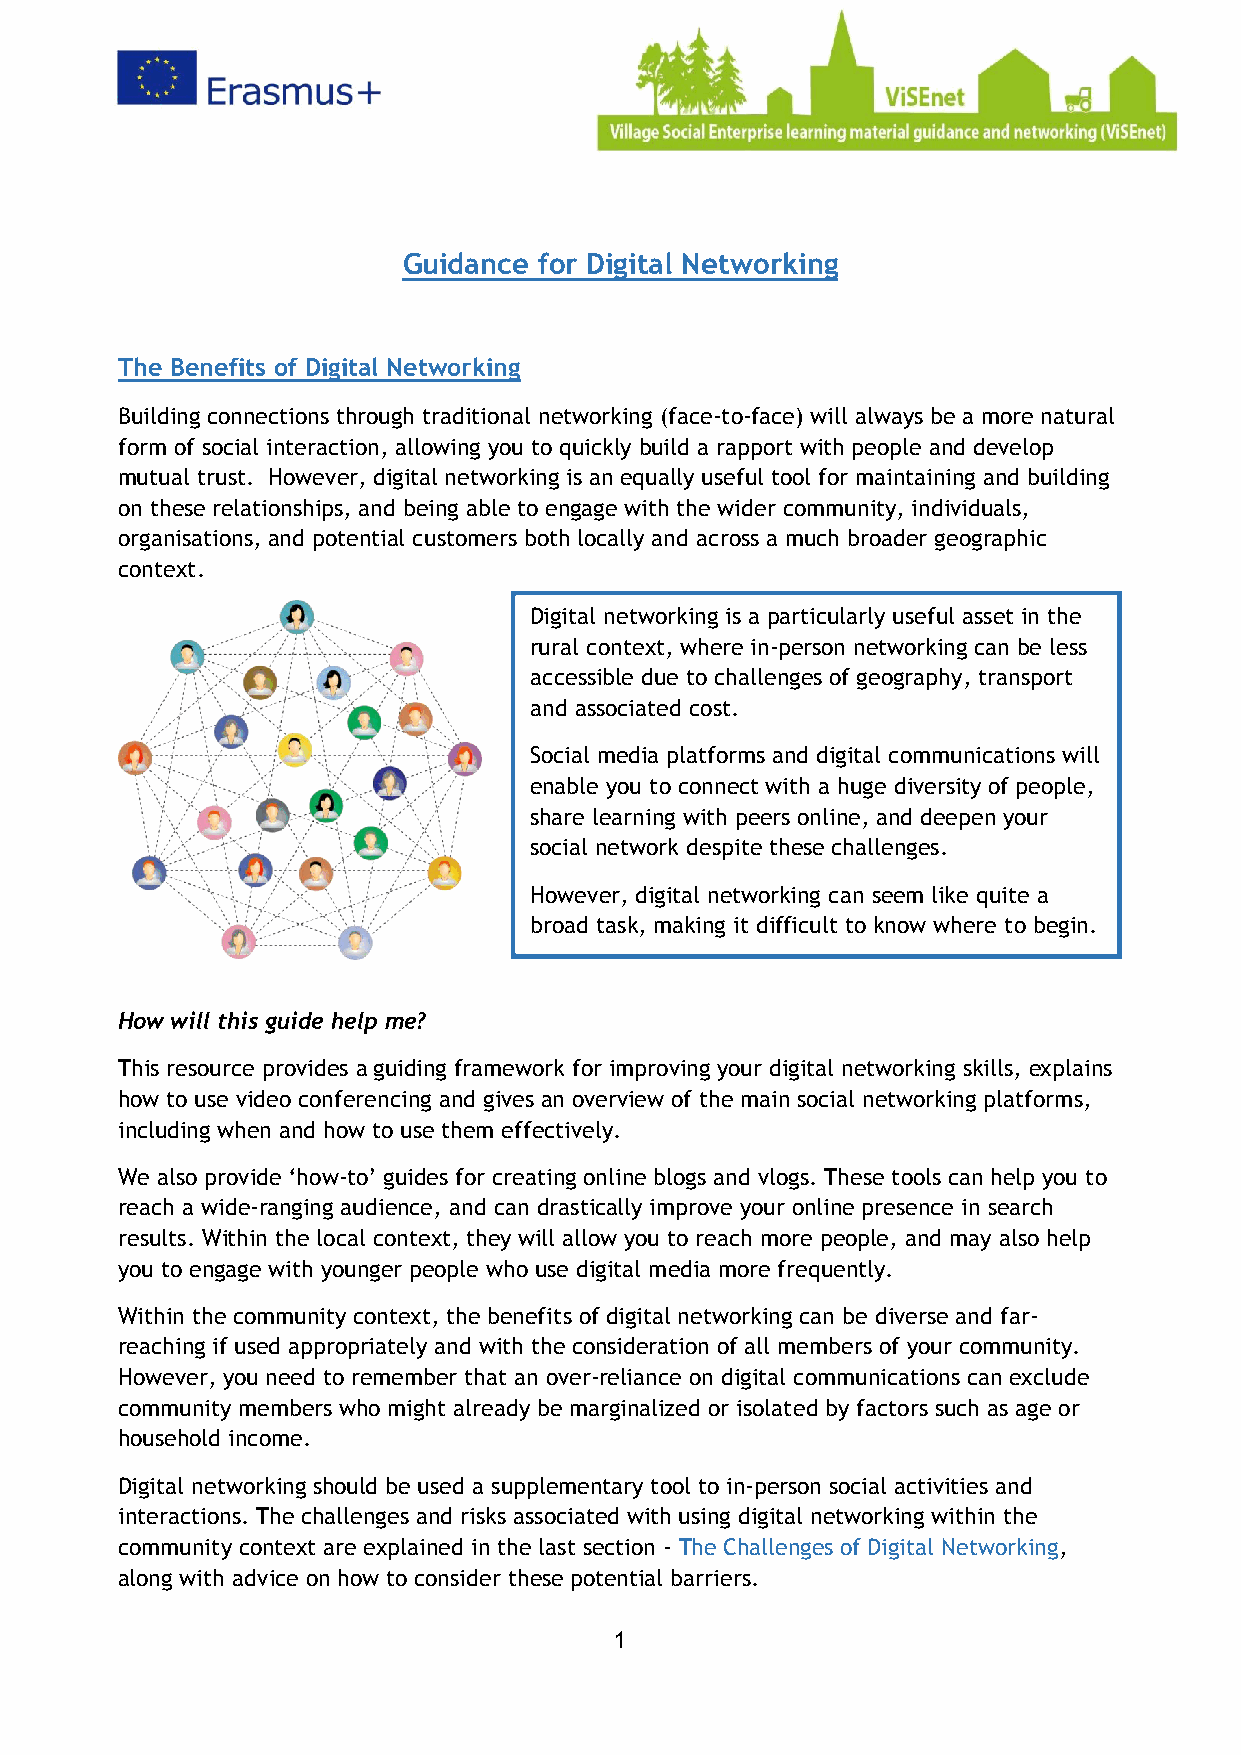
Guidance for Digital Networking
 The Benefits of Digital Networking
 Building connections through traditional networking (face-to-face) will always be a more natural
 form of social interaction, allowing you to quickly build a rapport with people and develop
 mutual trust. However, digital networking is an equally useful tool for maintaining and building
 on these relationships, and being able to engage with the wider community, individuals,
 organisations, and potential customers both locally and across a much broader geographic
 context.
 Digital networking is a particularly useful asset in the
 rural context, where in-person networking can be less
 accessible due to challenges of geography, transport
 and associated cost.
 Social media platforms and digital communications will
 enable you to connect with a huge diversity of people,
 share learning with peers online, and deepen your
 social network despite these challenges.
 However, digital networking can seem like quite a
 broad task, making it difficult to know where to begin.
 How will this guide help me?
 This resource provides a guiding framework for improving your digital networking skills, explains
 how to use video conferencing and gives an overview of the main social networking platforms,
 including when and how to use them effectively.
 We also provide ‘how-to’ guides for creating online blogs and vlogs. These tools can help you to
 reach a wide-ranging audience, and can drastically improve your online presence in search
 results. Within the local context, they will allow you to reach more people, and may also help
 you to engage with younger people who use digital media more frequently.
 Within the community context, the benefits of digital networking can be diverse and far-
 reaching if used appropriately and with the consideration of all members of your community.
 However, you need to remember that an over-reliance on digital communications can exclude
 community members who might already be marginalized or isolated by factors such as age or
 household income.
 Digital networking should be used a supplementary tool to in-person social activities and
 interactions. The challenges and risks associated with using digital networking within the
 community context are explained in the last section - The Challenges of Digital Networking,
 along with advice on how to consider these potential barriers.
 1